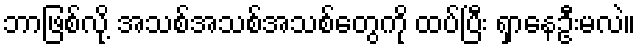
ဘာဖြစ်လို့ အသစ်အသစ်အသစ်တွေကို ထပ်ပြီး ရှာနေဦးမလဲ။